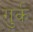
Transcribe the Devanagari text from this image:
गुर्क